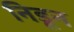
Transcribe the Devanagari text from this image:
निडून